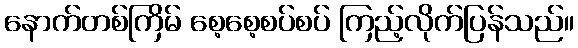
နောက်တစ်ကြိမ် စေ့စေ့စပ်စပ် ကြည့်လိုက်ပြန်သည်။